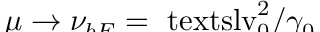
\smash { \mu \to \nu _ { b E } = \ensuremath { \mathrm { \ t e x t s l { v } } _ { 0 } } ^ { 2 } / \gamma _ { 0 } }